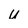
Character: u